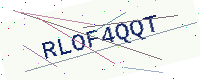
Text: RLOF4QQT